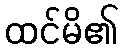
ထင်မိ၏